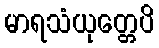
မာရသံယုတ္တေပိ